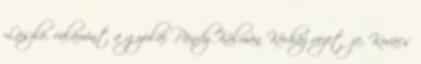
László, valamint a gyulai Pándy Kálmán Kórház vezetője, Kovács